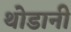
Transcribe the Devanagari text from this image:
थोडानी